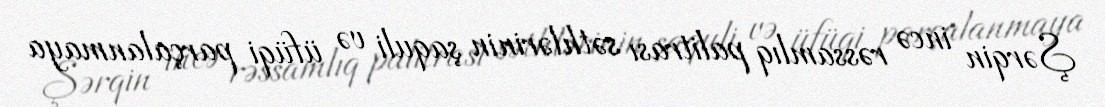
Şərqin incə rəssamlıq palitrası səthlərinin şaquli və üfüqi parçalanmaya